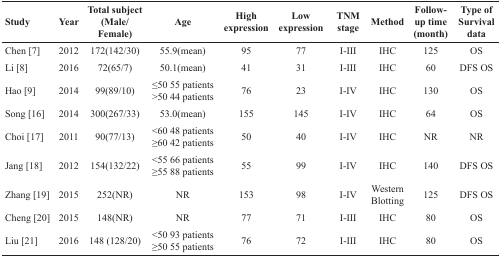
<table><thead><tr><td><b>Study</b></td><td><b>Year</b></td><td><b>Total subject (Male/Female)</b></td><td><b>Age</b></td><td><b>High expression</b></td><td><b>Low expression</b></td><td><b>TNM stage</b></td><td><b>Method</b></td><td><b>Follow-up time (month)</b></td><td><b>Type of Survival data</b></td></tr></thead><tbody><tr><td>Chen [7]</td><td>2012</td><td>172(142/30)</td><td>55.9(mean)</td><td>95</td><td>77</td><td>I-III</td><td>IHC</td><td>125</td><td>OS</td></tr><tr><td>Li [8]</td><td>2016</td><td>72(65/7)</td><td>50.1(mean)</td><td>41</td><td>31</td><td>I-III</td><td>IHC</td><td>60</td><td>DFS OS</td></tr><tr><td>Hao [9]</td><td>2014</td><td>99(89/10)</td><td>≤50 55 patients&gt;50 44 patients</td><td>76</td><td>23</td><td>I-IV</td><td>IHC</td><td>130</td><td>OS</td></tr><tr><td>Song [16]</td><td>2014</td><td>300(267/33)</td><td>53.0(mean)</td><td>155</td><td>145</td><td>I-IV</td><td>IHC</td><td>64</td><td>OS</td></tr><tr><td>Choi [17]</td><td>2011</td><td>90(77/13)</td><td>&lt;60 48 patients≥60 42 patients</td><td>50</td><td>40</td><td>I-IV</td><td>IHC</td><td>NR</td><td>NR</td></tr><tr><td>Jang [18]</td><td>2012</td><td>154(132/22)</td><td>&lt;55 66 patients≥55 88 patients</td><td>55</td><td>99</td><td>I-IV</td><td>IHC</td><td>140</td><td>DFS OS</td></tr><tr><td>Zhang [19]</td><td>2015</td><td>252(NR)</td><td>NR</td><td>153</td><td>98</td><td>I-IV</td><td>Western Blotting</td><td>125</td><td>DFS OS</td></tr><tr><td>Cheng [20]</td><td>2015</td><td>148(NR)</td><td>NR</td><td>77</td><td>71</td><td>I-III</td><td>IHC</td><td>80</td><td>OS</td></tr><tr><td>Liu [21]</td><td>2016</td><td>148 (128/20)</td><td>&lt;50 93 patients≥50 55 patients</td><td>76</td><td>72</td><td>I-III</td><td>IHC</td><td>80</td><td>OS</td></tr></tbody></table>